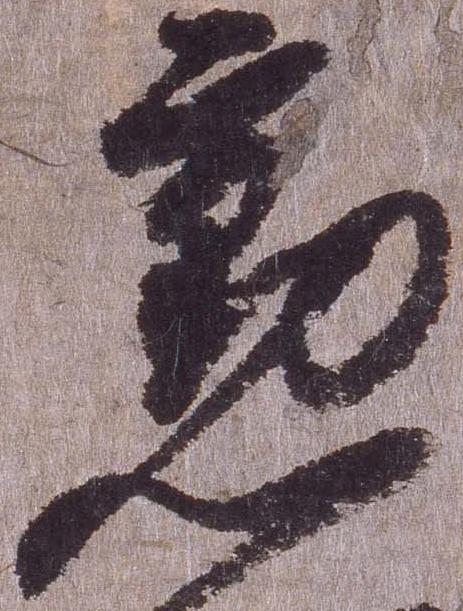
勲